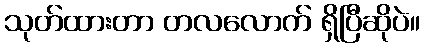
သုတ်ထားတာ တလလောက် ရှိပြီဆိုပဲ။